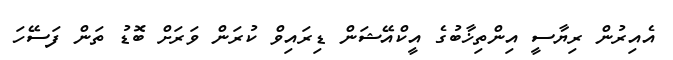
އެއިރުން ރިޔާސީ އިންތިޚާބުގެ އީކްއޭޝަން ޑިރައިވް ކުރަން ވަރަށް ބޮޑު ތަން ފަސޭހަ